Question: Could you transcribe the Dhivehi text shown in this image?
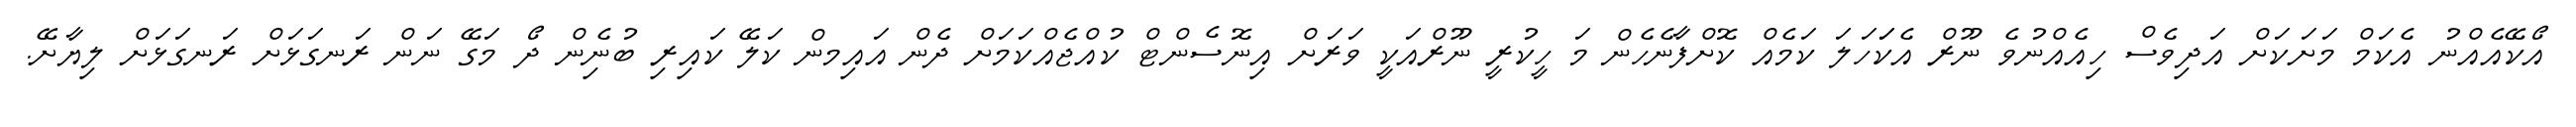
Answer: އޯކޭއެއްނު އެކަމް މަށަކަށް އަދިވެސް ހިއެއްނުވެ ނޫރް އެކަަހަލަ ކަމެއް ކޮށްފާނެހެން މަ ހީކުރީ ނޫރްއަކީ ވަރަށް އިނޮސެންޓް ކުއްޖެއްކަމަށް ދެން އައިމން ކަލޭ ކައިރި ބުނެިން ދޯ މަގޭ ނަން ރަނގަޅަށް ރަނގަޅަށް ލިޔާށޭ.